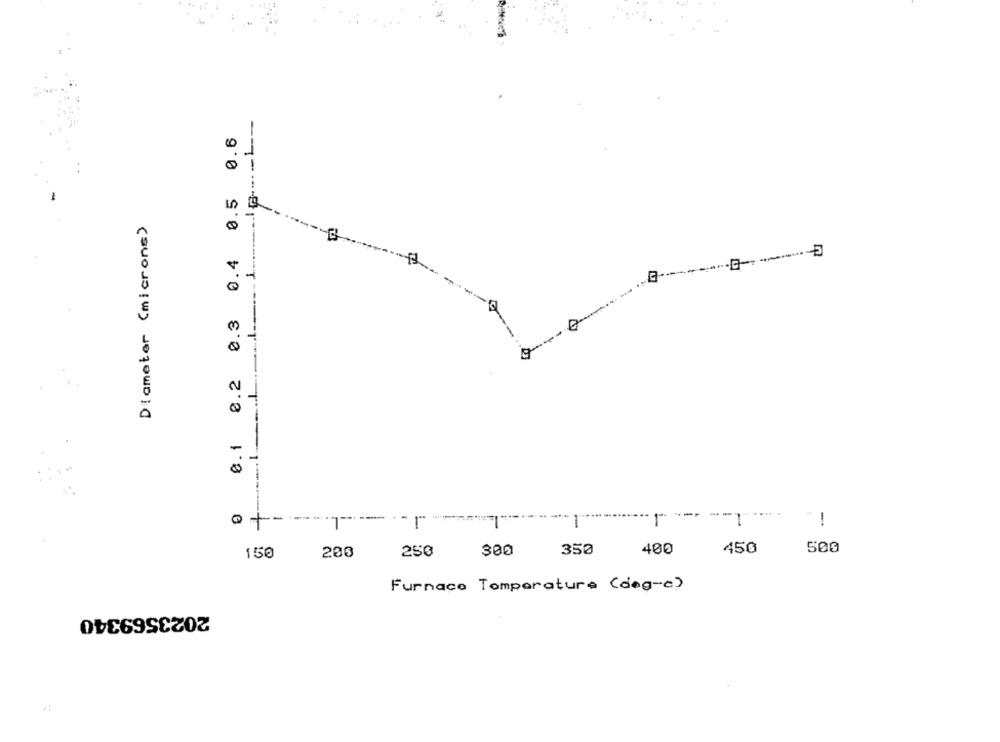
0.1 0.2 0.3 0.4 0.5 0.6
Diameter (microns)
---------------- T
-
@ --
1
1
400
450
500
150
200
250
300
350
Furnace Temperature (deg-e)
2023569340